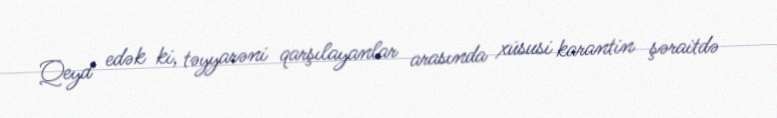
Qeyd edək ki, təyyarəni qarşılayanlar arasında xüsusi karantin şəraitdə